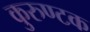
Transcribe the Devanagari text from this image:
कुरुण्टक